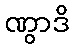
ဏွာဒိ